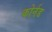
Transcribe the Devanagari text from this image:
कोर्नड